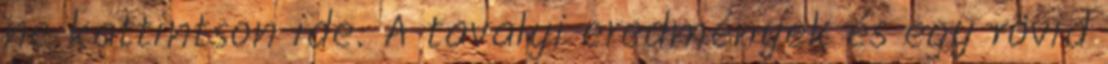
ne kattintson ide. A tavalyi eredmények és egy rövid